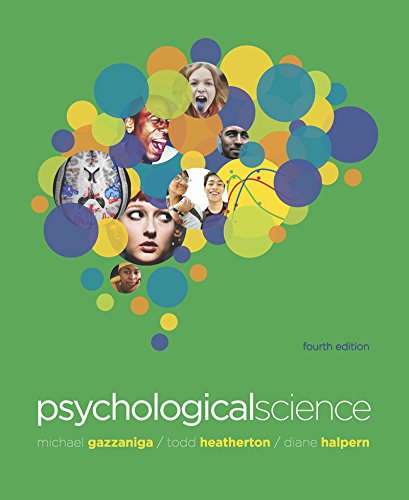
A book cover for Psychological Science, 4th Edition; Michael Gazzaniga; Medical Books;